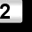
Digit: 2